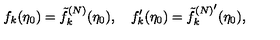
f _ { k } ( \eta _ { 0 } ) = \tilde { f } _ { k } ^ { ( N ) } ( \eta _ { 0 } ) , \quad f _ { k } ^ { \prime } ( \eta _ { 0 } ) = { \tilde { f } _ { k } ^ { ( N ) ^ { \scriptstyle \prime } } } ( \eta _ { 0 } ) ,